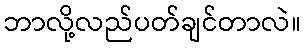
ဘာလို့လည်ပတ်ချင်တာလဲ။